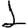
Digit: 1